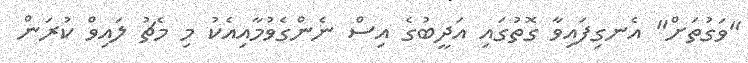
"ވަގުތަށް" އެނގިފައިވާ ގޮތުގައި އަދީބުގެ އިސް ނެންގެވުމާއިއެކު މި މެޗު ލައިވް ކުރަން